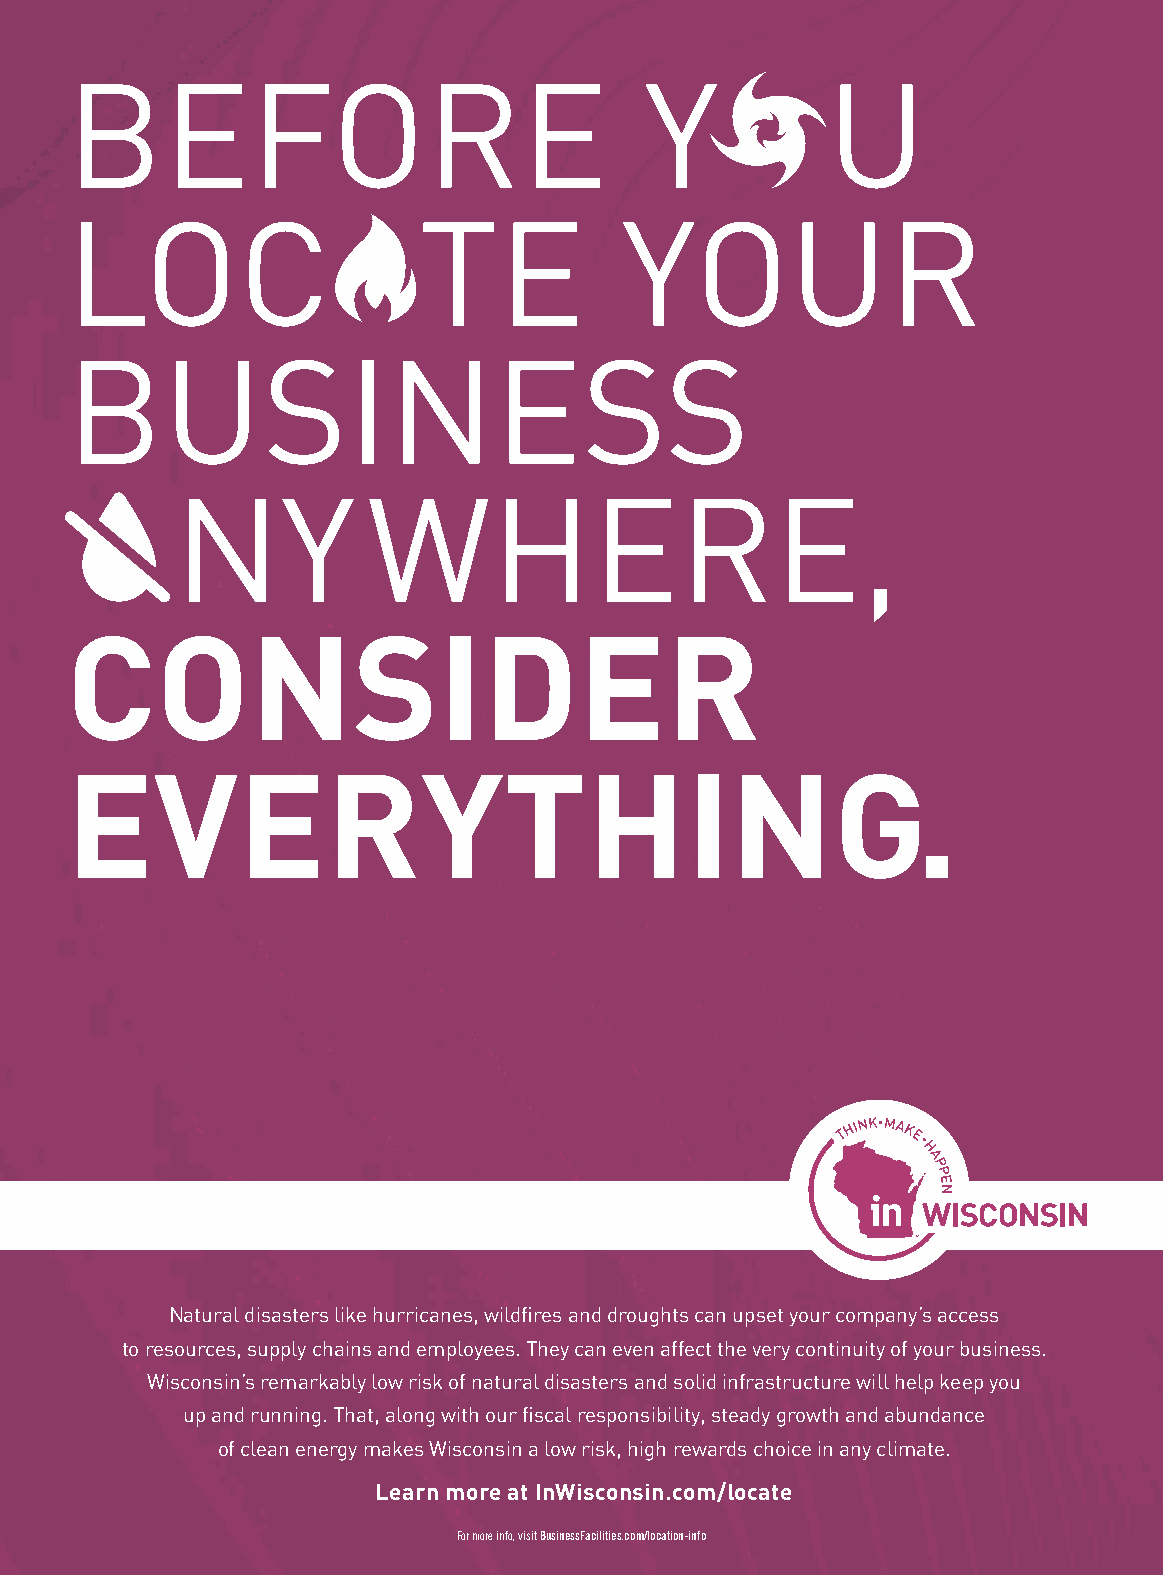
BEFORE                                 Y           U
 LOC                     TE           YOUR
 BUSINESS
 NY          WHERE,
 CONSIDER
 EVERYTHING.
 Natural disasters like hurricanes, wildfires and droughts can upset your company’s access
 to resources, supply chains and employees. They can even affect the very continuity of your business.
 Wisconsin’s remarkably low risk of natural disasters and solid infrastructure will help keep you
 up and running. That, along with our fiscal responsibility, steady growth and abundance
 of clean energy makes Wisconsin a low risk, high rewards choice in any climate.
 Learn more at InWisconsin.com/locate
 For more info, visit BusinessFacilities.com/location-info
 For more info, visit BusinessFacilities.com/location-info